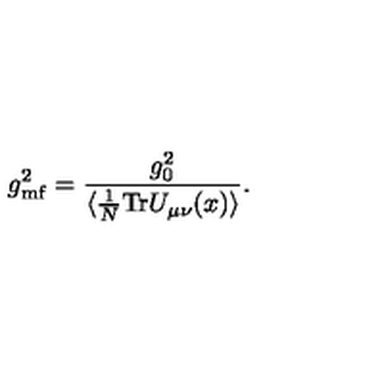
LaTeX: g _ { \mathrm { m f } } ^ { 2 } = { \frac { g _ { 0 } ^ { 2 } } { \langle \frac { 1 } { N } \mathrm { T r } U _ { \mu \nu } ( x ) \rangle } } .